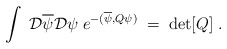
\begin{align*}\int \; {\cal D } \overline{\psi} {\cal D } \psi \;e^{-(\overline{\psi}, Q \psi)} \; = \; \mbox{det}[Q] \; .\end{align*}